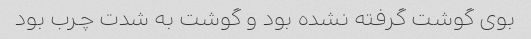
بوی گوشت گرفته نشده بود و گوشت به شدت چرب بود